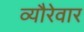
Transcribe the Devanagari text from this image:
व्यौरेवार